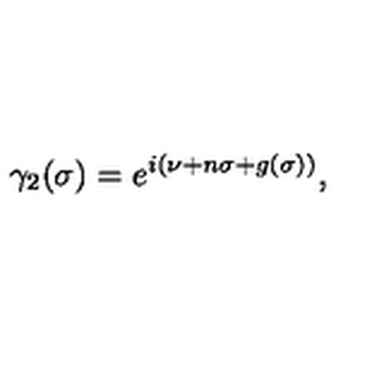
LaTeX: \gamma _ { 2 } ( \sigma ) = e ^ { i ( \nu + n \sigma + g ( \sigma ) ) } ,